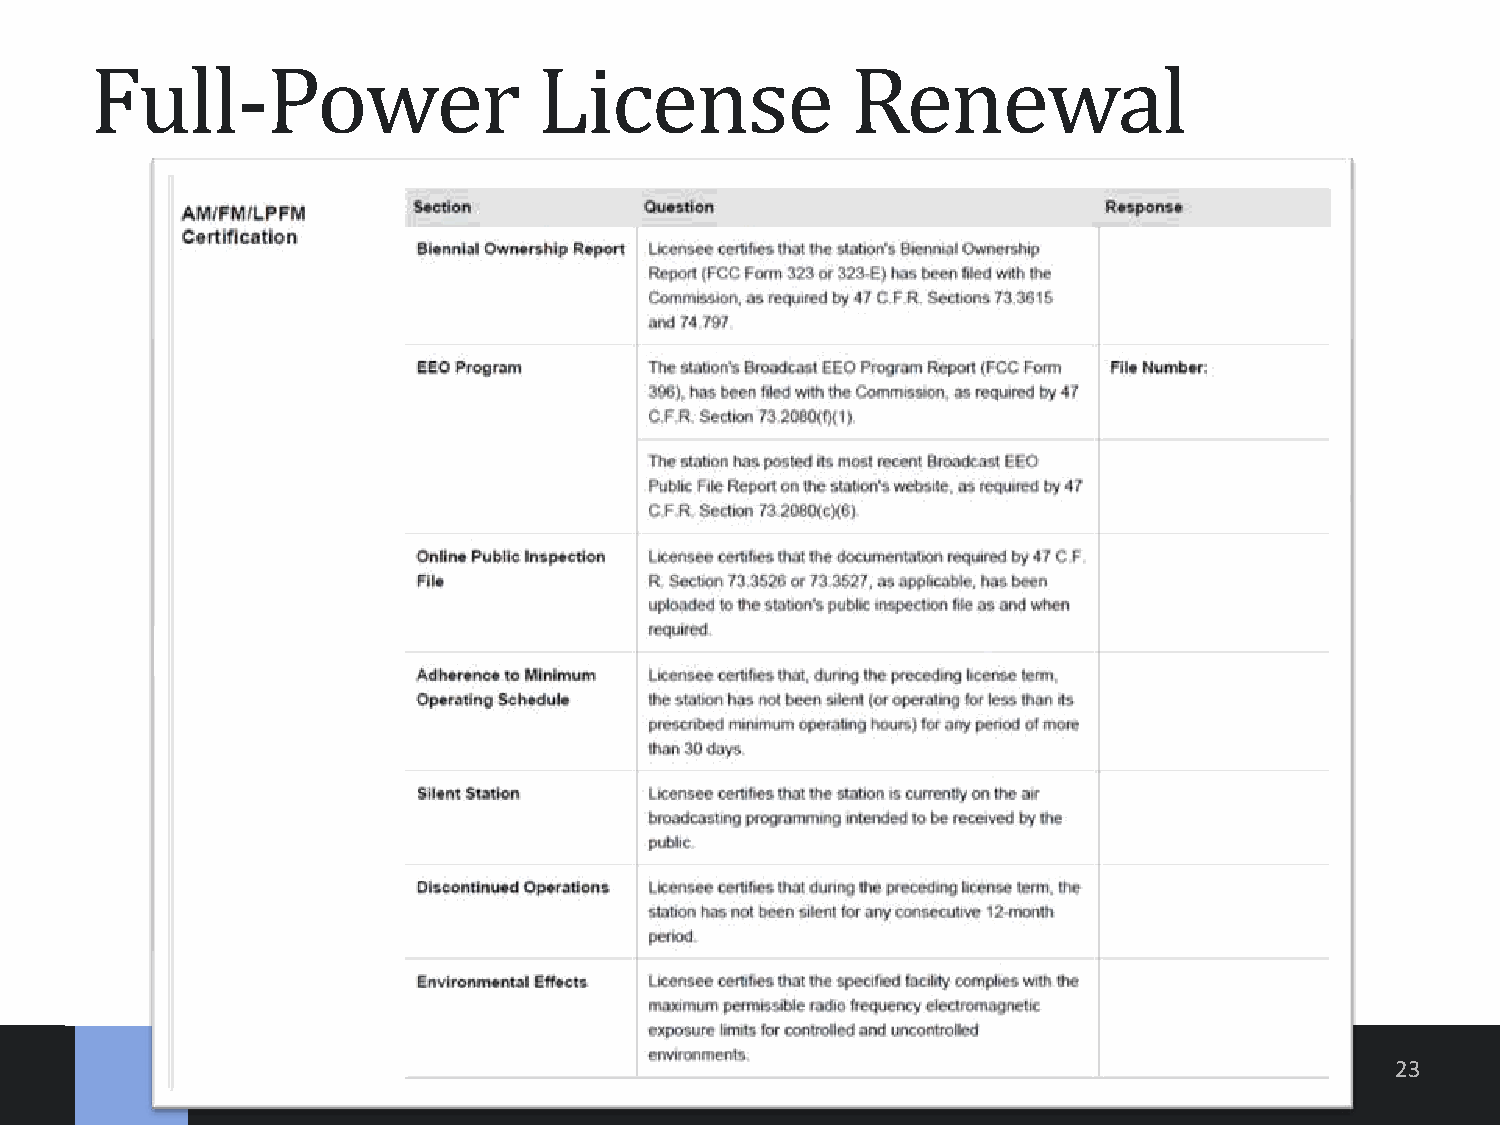
Full-Power                    License             Renewal
 23